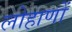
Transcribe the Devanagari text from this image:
लोहाणों